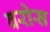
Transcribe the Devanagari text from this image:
वरोस